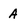
Character: A